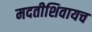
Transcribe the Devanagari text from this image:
मदतीशिवायच